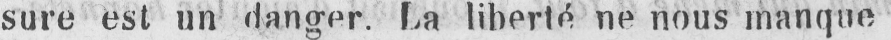
sure est un danger. La liberté ne nous manque